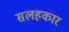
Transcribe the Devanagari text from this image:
सलहकार